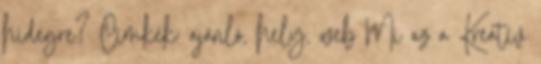
hidegre? Címkék: ajánló, hely, web Mi az a Kreatív